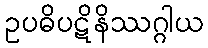
ဥပဓိပဋိနိဿဂ္ဂါယ